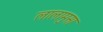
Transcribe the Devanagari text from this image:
लालामुसा